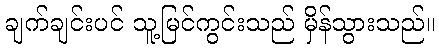
ချက်ချင်းပင် သူ့မြင်ကွင်းသည် မှိန်သွားသည်။